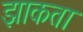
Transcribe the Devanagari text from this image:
झाकता